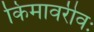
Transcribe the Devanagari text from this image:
किमावरीवः